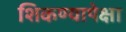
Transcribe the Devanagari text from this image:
शिकण्यापेक्षा